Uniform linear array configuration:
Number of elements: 16
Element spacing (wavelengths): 1
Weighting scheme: hann
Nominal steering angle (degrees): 30
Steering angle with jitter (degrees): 31.46
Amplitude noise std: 0.05
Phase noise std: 0.05

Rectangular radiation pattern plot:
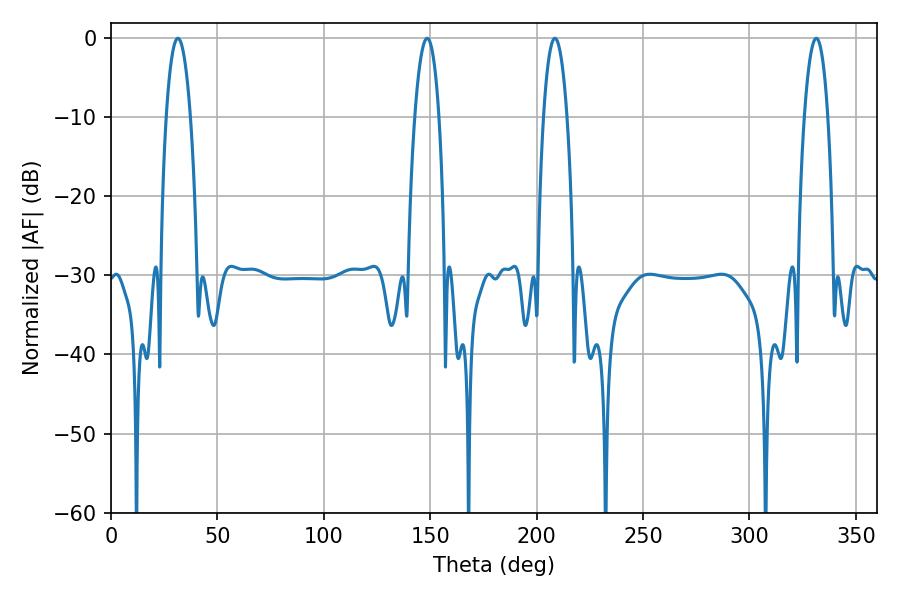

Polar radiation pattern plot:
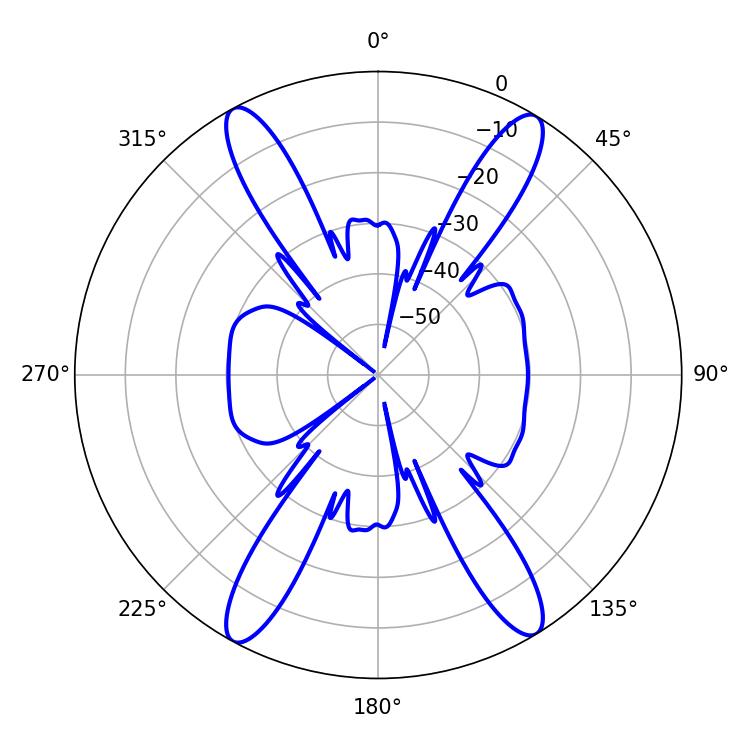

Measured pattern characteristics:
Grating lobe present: TRUE
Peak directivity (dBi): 21.599
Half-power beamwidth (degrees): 6.12
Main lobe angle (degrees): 208.62